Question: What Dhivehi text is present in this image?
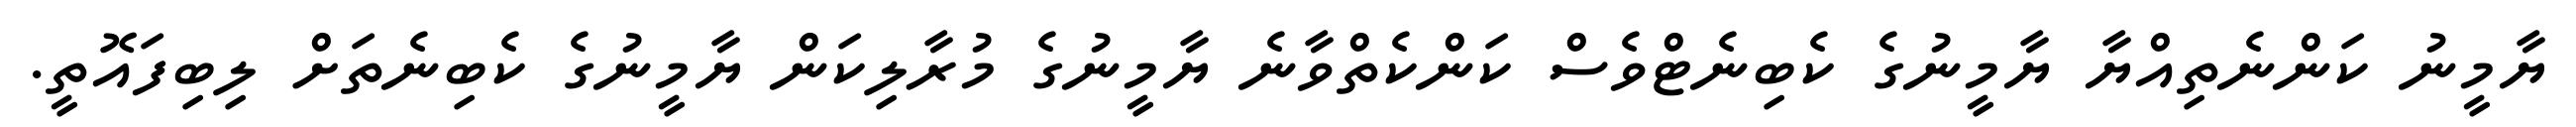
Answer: ޔާމީނު ކަންނެތިއްޔާ ޔާމީނުގެ ކެބިނެޓްވެސް ކަންކެތްވާނެ ޔާމީނުގެ މުރާލިކަން ޔާމީނުގެ ކެބިނެތަށް ލިބިފައޮތީ.